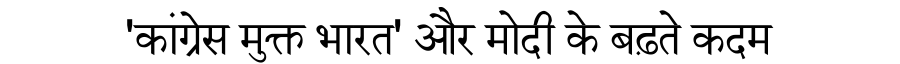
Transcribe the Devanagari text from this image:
'कांग्रेस मुक्त भारत' और मोदी के बढ़ते कदम